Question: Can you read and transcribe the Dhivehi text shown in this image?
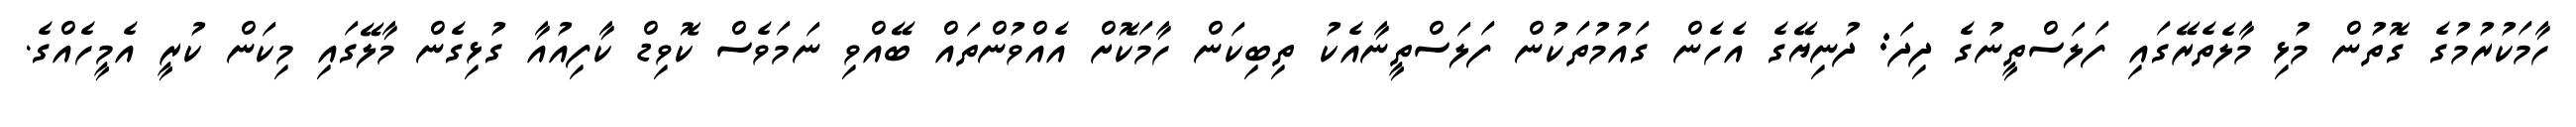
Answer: ހާމަކުރުމުގެ ގޮތުން މުޅި މާލެތެރޭގައި ފަލަސްތީނުގެ ދިދަ: ދުނިޔޭގެ އެހެން ގައުމުތަކުން ފަލަސްތީނާއެކު ތިބިކަން ހާމަކޮށް އެއްވުންތައް ބޭއްވި ނަމަވެސް ކޮވިޑް ކާފިއުއާ ގުޅިގެން މާލޭގައި މިކަން ކުރީ އެމީހެއްގެ.